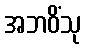
အဘဝိံသု